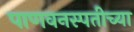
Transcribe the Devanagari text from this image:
पाणवनस्पतीच्या